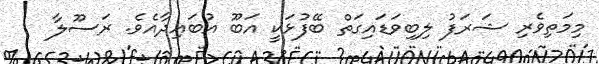
މިމަތިވެރި ޝަރަފު ލިބިވަޑައިގަތް ބޭފުޅަކީ އަބޫ އުބައިދާއެވެ. ރަސޫލާ